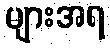
များအရ